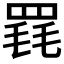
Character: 𦋋